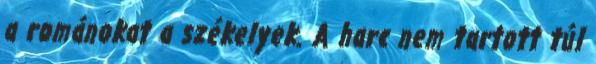
a románokat a székelyek. A harc nem tartott túl